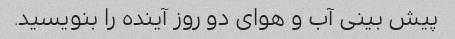
پیش بینی آب و هوای دو روز آینده را بنویسید.